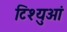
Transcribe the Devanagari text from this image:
टिश्युओं